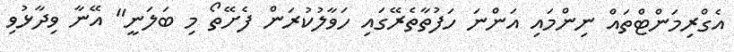
އެގްރިމަންޓްތައް ނިންމައި އަންނަ ހަފުތާތެރޭގައި ހަވާލުކުރަން ފެށޭތޯ މި ބަލަނީ" އޭނާ ވިދާޅުވި